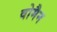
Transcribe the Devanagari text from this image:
वोमैन